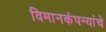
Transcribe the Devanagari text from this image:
विमानकंपन्यांचे